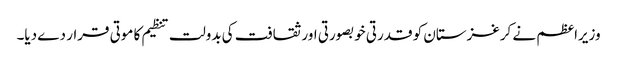
وزیراعظم نے کرغزستان کو قدرتی خوبصورتی اور ثقافت کی بدولت تنظیم کا موتی قرار دے دیا۔